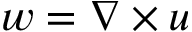
w = \nabla \times u